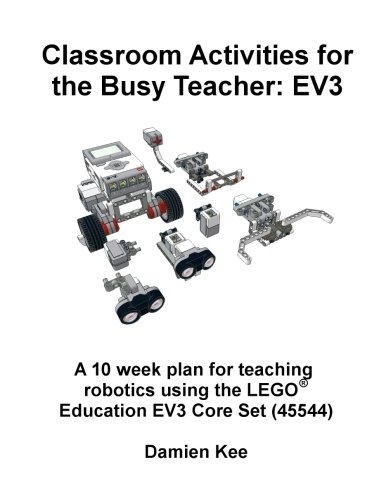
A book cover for Classroom Activities for the Busy Teacher: EV3; Dr Damien Kee; Education & Teaching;